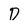
Character: D